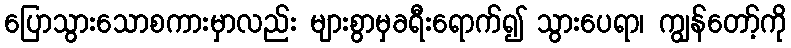
ပြောသွားသောစကားမှာလည်း များစွာမှခရီးရောက်၍ သွားပေရာ၊ ကျွန်တော့်ကို